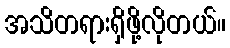
အသိတရားရှိဖို့လိုတယ်။